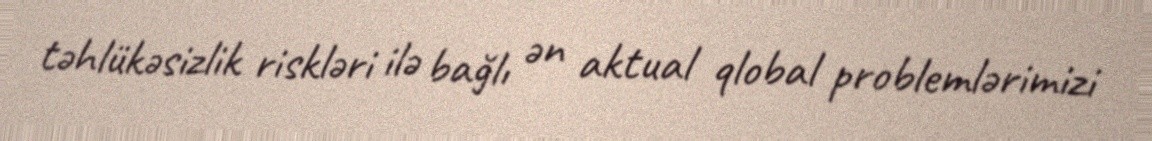
təhlükəsizlik riskləri ilə bağlı ən aktual qlobal problemlərimizi